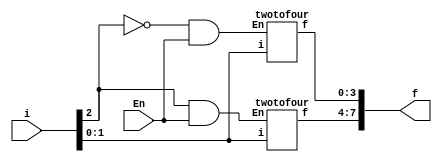
module q1(i,f,En);
input [2:0]i;
input En;
output [7:0]f;
wire c1,c2;
assign c1=~i[2]&En;
assign c2=i[2]&En;
twotofour stage0(i[1:0],f[3:0],c1);
twotofour stage1(i[1:0],f[7:4],c2);

endmodule

module twotofour(i,f,En);
input [1:0]i;
input En;
output reg [3:0]f;
always @ (i,En)
begin
if(En)
begin
	if(i[1])
	begin
		if(i[0])
			f=4'b1000;
		else
			f=4'b0100;
	end
	else
	begin
		if(i[0])
			f=4'b0010;
		else
			f=4'b0001;
	end
end
else
begin
	f=4'b0000;
end
end
endmodule